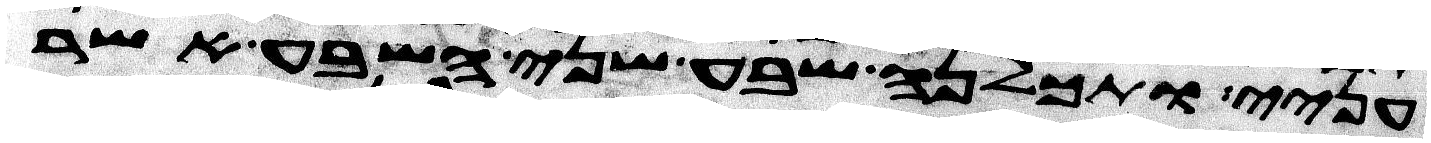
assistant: עניי ותכלנה שבע שני השבע אשר